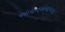
આયનબનાવવા